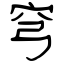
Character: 穹